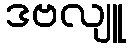
ဒဗလျူ